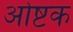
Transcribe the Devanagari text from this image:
ओष्टक